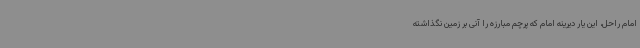
امام راحل، این یار دیرینه امام که پرچم مبارزه را آنی بر زمین نگذاشته